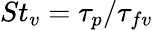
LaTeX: St_{v}=\tau_{p}/\tau_{fv}